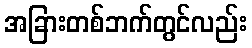
အခြားတစ်ဘက်တွင်လည်း